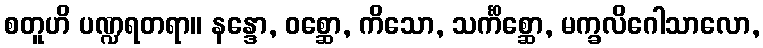
စတူဟိ ပဏ္ဍရတရာ။ နန္ဒော, ဝစ္ဆော, ကိသော, သင်္ကိစ္ဆော, မက္ခလိဂေါသာလော,